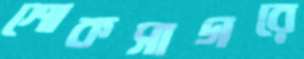
শোকসাগরে